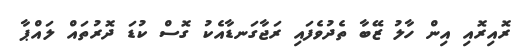
ރޮއިރޮއި އިން ހާލު ޒޭބާ ތެދުވެފައި ރަޖާގަނޑާއެކު ގޮސް ކުޑަ ދޮރުތައް ލައްޕާ